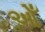
ઓઁ